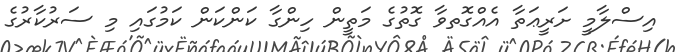
އިސްލާމީ ށަރީޢަތާ އެއްގޮތވާ ގޮތުގެ މަތީން ހިންގާ ކަންކަން ކަމުގައި މި ސަރުކާރުގެ